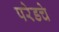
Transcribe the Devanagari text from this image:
परेडचे